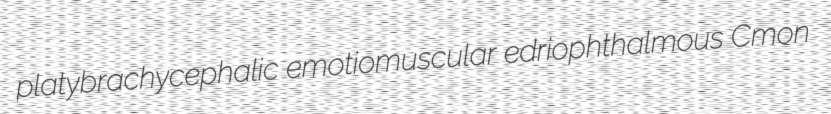
platybrachycephalic emotiomuscular edriophthalmous Cmon